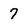
Character: 7